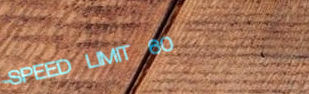
SPEED LIMIT 60